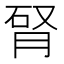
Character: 𦛯